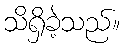
သိရှိခဲ့သည်။